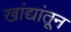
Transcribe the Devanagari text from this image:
खांद्यांतून